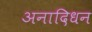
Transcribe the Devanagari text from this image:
अनादिधन